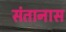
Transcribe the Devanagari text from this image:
संतानास